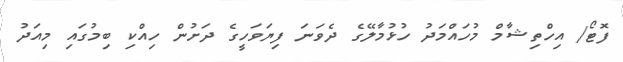
ފޮޓޯ/ އިހްތިޝާމް މުހައްމަދު ހުޅުމާލޭގެ ދެވަނަ ފިޔަވަހީގެ ދަށުން ހިއްކި ބިމުގައި މިއަދު